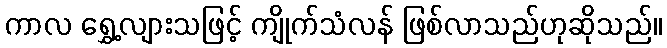
ကာလ ရွှေ့လျားသဖြင့် ကျိုက်သံလန် ဖြစ်လာသည်ဟုဆိုသည်။